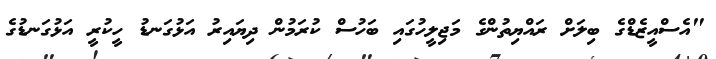
"އެސްއީޒެޑްގެ ބިލަށް ރައްޔިތުންގެ މަޖިލީހުގައި ބަހުސް ކުރަމުން ދިޔައިރު އަޅުގަނޑު ހީކުރީ އަޅުގަނޑުގެ